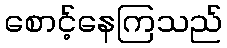
စောင့်နေကြသည်